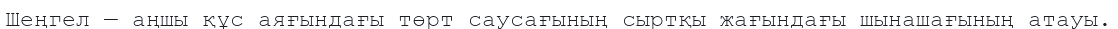
Шеңгел — аңшы құс аяғындағы төрт саусағының сыртқы жағындағы шынашағының атауы.